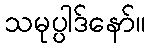
သမုပ္ပါဒ်နော်။